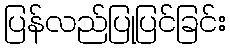
ပြန်လည်ပြုပြင်ခြင်း